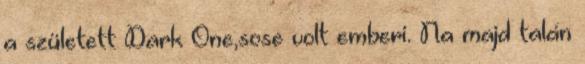
a született Dark One,sose volt emberi. Na majd talán